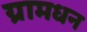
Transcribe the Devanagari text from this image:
ग्रामधन